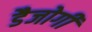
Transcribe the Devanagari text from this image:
डैजोगी